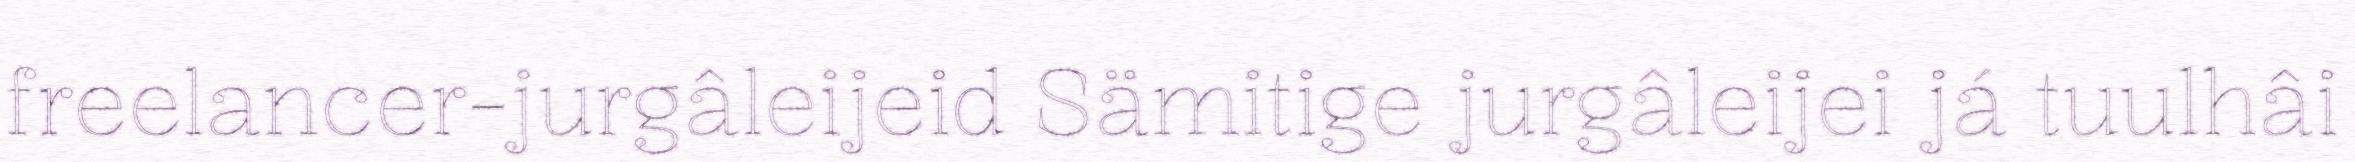
freelancer-jurgâleijeid Sämitige jurgâleijei já tuulhâi